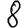
Digit: 8